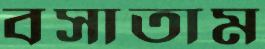
বসাতাম